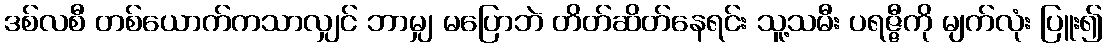
ဒစ်လစီ တစ်ယောက်ကသာလျှင် ဘာမျှ မပြောဘဲ တိတ်ဆိတ်နေရင်း သူ့သမီး ပရဇ္ဇီကို မျက်လုံး ပြူး၍